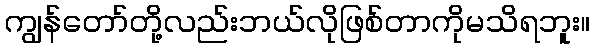
ကျွန်တော်တို့လည်းဘယ်လိုဖြစ်တာကိုမသိရဘူး။